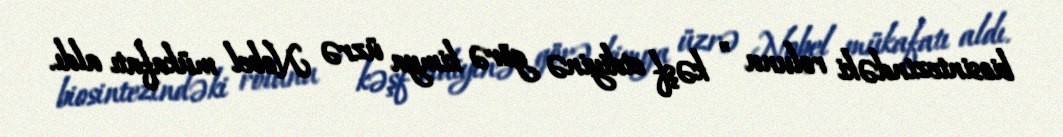
biosintezindəki rolunu " kəşf etdiyinə görə kimya üzrə Nobel mükafatı aldı.